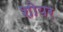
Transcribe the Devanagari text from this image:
शोयर